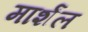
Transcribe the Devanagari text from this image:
मार्शंल